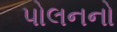
પોલનનો